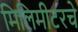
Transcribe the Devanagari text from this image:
मिलिमीटरचे